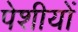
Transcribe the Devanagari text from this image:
पेशीयों